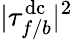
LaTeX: |\tau_{f/b}^{\mathrm{dc}}|^{2}